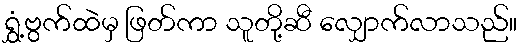
ရွှံ့ဗွက်ထဲမှ ဖြတ်ကာ သူတို့ဆီ လျှောက်လာသည်။